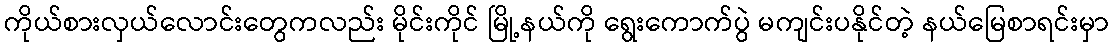
ကိုယ်စားလှယ်လောင်းတွေကလည်း မိုင်းကိုင် မြို့နယ်ကို ရွေးကောက်ပွဲ မကျင်းပနိုင်တဲ့ နယ်မြေစာရင်းမှာ